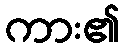
ကား၏